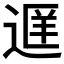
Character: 𬨭